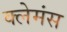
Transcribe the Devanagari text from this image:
क्लेमंस